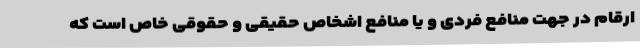
ارقام در جهت منافع فردی و یا منافع اشخاص حقیقی و حقوقی خاص است که